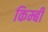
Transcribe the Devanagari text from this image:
किम्बी